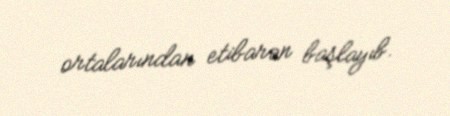
ortalarından etibarən başlayıb.